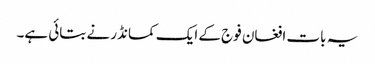
یہ بات افغان فوج کے ایک کمانڈر نے بتائی ہے۔